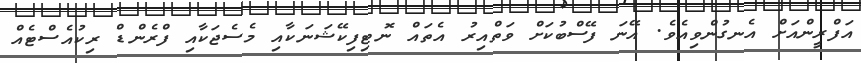
އަފްރީންއަށް އެނގުންވިއެވެ. އޭނަ ފޭސްބުކަށް ވަތްއިރު އެތައް ނޮޓިފިކޭޝަނަކާއި މެސެޖަކާއި ފްރެންޑް ރިކުއެސްޓެއް